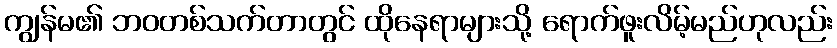
ကျွန်မ၏ ဘဝတစ်သက်တာတွင် ထိုနေရာများသို့ ရောက်ဖူးလိမ့်မည်ဟုလည်း